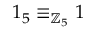
1 _ { 5 } \equiv _ { \mathbb { Z } _ { 5 } } 1